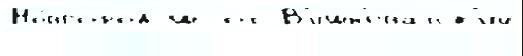
Но́вгород ш от В'ишн'еватск'ий